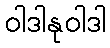
ဝါဒါနုဝါဒါ